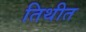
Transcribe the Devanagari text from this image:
तिथीत